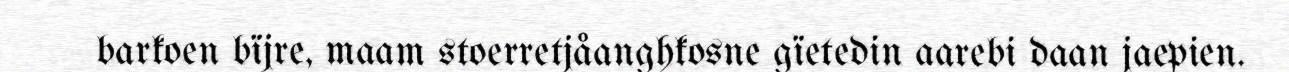
barkoen bïjre, maam stoerretjåanghkosne gïetedin aarebi daan jaepien.